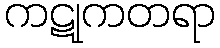
ကဋုကတရာ